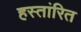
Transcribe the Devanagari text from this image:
हस्तांरित